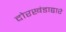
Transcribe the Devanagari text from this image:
दोरखंडाद्वारे